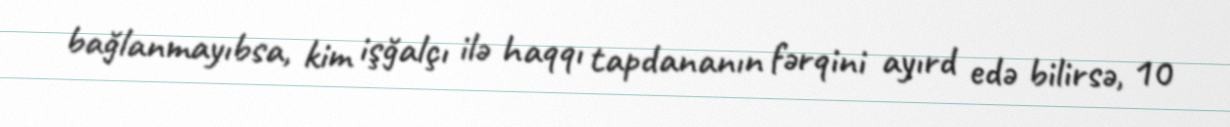
bağlanmayıbsa, kim işğalçı ilə haqqı tapdananın fərqini ayırd edə bilirsə, 10